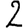
Digit: 2